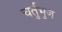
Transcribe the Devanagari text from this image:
चर्तुभुज